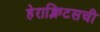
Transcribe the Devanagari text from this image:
हेराक्लिटसची